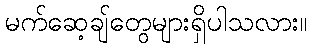
မက်ဆေ့ချ်တွေများရှိပါသလား။